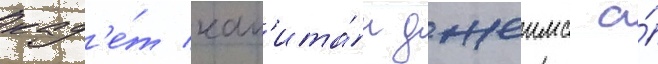
кад'е́т кап'ита́н джеимс а́